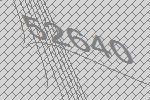
52640